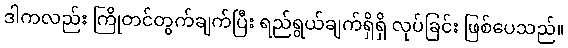
ဒါကလည်း ကြိုတင်တွက်ချက်ပြီး ရည်ရွယ်ချက်ရှိရှိ လုပ်ခြင်း ဖြစ်ပေသည်။